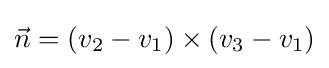
{\vec {n}}=(v_{2}-v_{1})\times (v_{3}-v_{1})